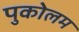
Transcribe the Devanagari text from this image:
पुकोलम